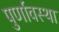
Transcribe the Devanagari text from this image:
पुर्णावस्था